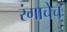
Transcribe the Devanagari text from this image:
रंगाचेच